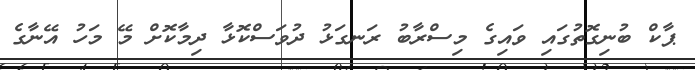
ޕާކް ބުނިގޮތުގައި ވައިގެ މިސްރާބު ރަނގަޅު ދުވަސްކޮޅާ ދިމާކޮށް މޭ މަހު އޭނާގެ